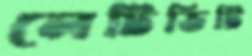
লেটিভিটি